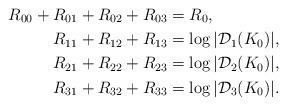
LaTeX: \begin{align*}R_{00} + R_{01} + R_{02} + R_{03} &= R_{0}, \\R_{11}+R_{12}+R_{13} &= \log |\mathcal{D}_1(K_0)|, \\R_{21}+R_{22}+R_{23} &= \log |\mathcal{D}_2(K_0)|, \\R_{31}+R_{32}+R_{33} &= \log |\mathcal{D}_3(K_0)|.\end{align*}